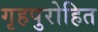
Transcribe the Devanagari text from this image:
गृहपुरोहित